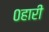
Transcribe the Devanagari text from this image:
०हारी